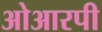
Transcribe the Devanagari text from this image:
ओआरपी